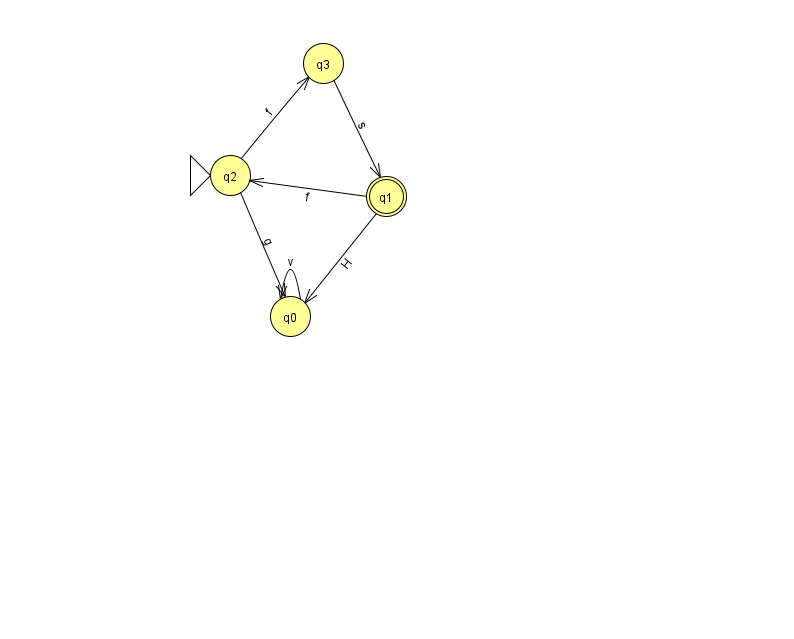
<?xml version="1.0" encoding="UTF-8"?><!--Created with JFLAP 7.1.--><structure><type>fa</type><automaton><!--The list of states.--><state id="0" name="q0"><x>290.0</x><y>303.0</y></state><state id="1" name="q1"><x>386.0</x><y>183.0</y><final/></state><state id="2" name="q2"><x>230.0</x><y>162.0</y><initial/></state><state id="3" name="q3"><x>323.0</x><y>50.0</y></state><!--The list of transitions.--><transition><from>1</from><to>2</to><read>f</read></transition><transition><from>0</from><to>0</to><read>v</read></transition><transition><from>1</from><to>0</to><read>H</read></transition><transition><from>3</from><to>1</to><read>s</read></transition><transition><from>2</from><to>0</to><read>g</read></transition><transition><from>2</from><to>3</to><read>f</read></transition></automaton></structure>